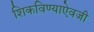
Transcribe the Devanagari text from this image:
शिकविण्याऐवजी